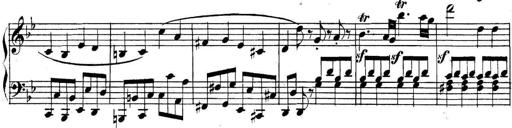
Title: Collected Piano Sonatas
Composer: Muzio Clementi